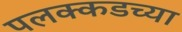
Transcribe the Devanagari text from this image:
पलक्कडच्या